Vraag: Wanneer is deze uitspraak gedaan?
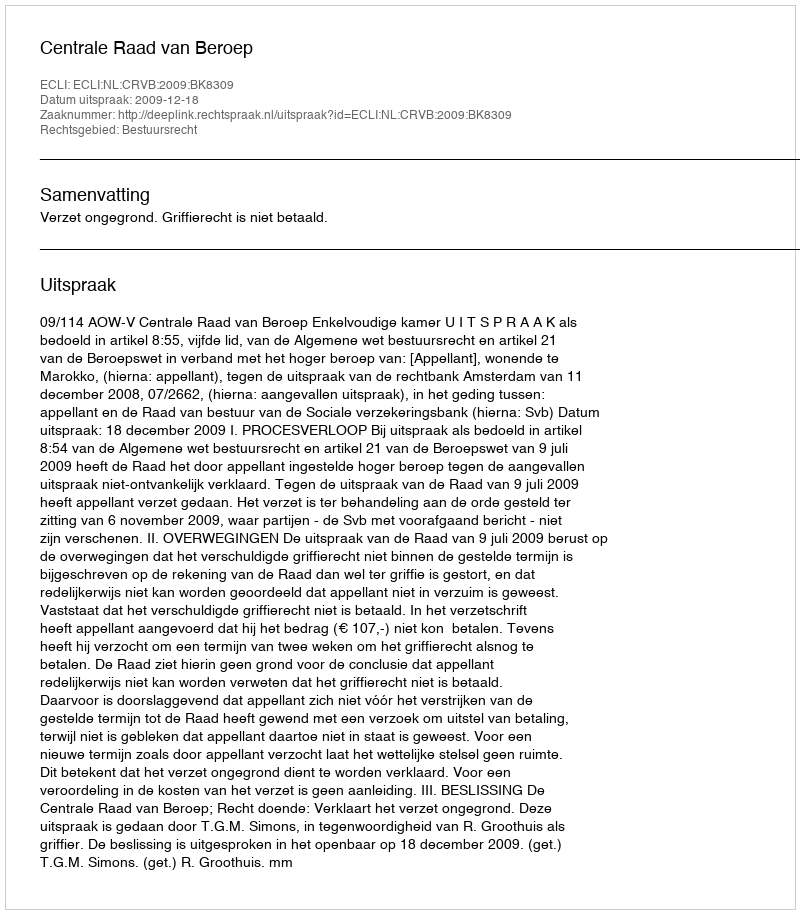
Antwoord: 2009-12-18